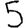
Digit: 5